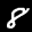
Label: 8